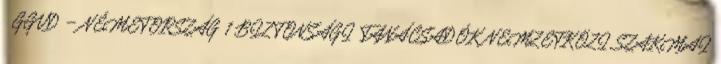
GGVD – NÉMETORSZÁG 1 BIZTONSÁGI TANÁCSADÓK NEMZETKÖZI SZAKMAI